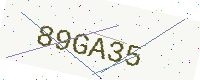
Text: 89GA35